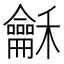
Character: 龢